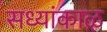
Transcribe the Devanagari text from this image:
सध्यांकाळ